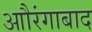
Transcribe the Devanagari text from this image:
आौरंगाबाद